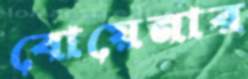
বোয়েনার